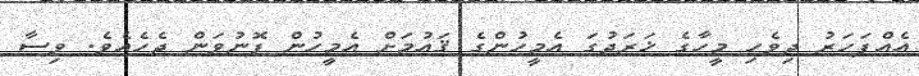
އެއްފަހަރު ދިވެހި މީހާގެ ޚަރަދުގަ އެމީހުންގެ ޤައުމަށް އެމީހުން ފޮނުވަން ޖެހެއެވެ. ވިސާ